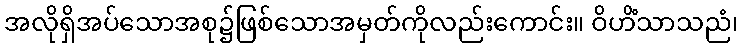
အလိုရှိအပ်သောအစု၌ဖြစ်သောအမှတ်ကိုလည်းကောင်း။ ဝိဟိံသာသညံ၊